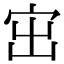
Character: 𡧨